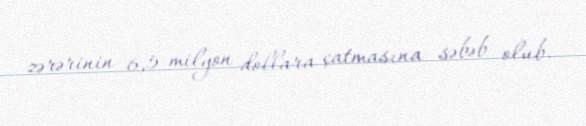
zərərinin 6,5 milyon dollara çatmasına səbəb olub.